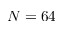
N = 6 4